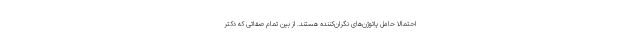
احتمالا حامل پاتوژن‌های نگران‌کننده هستند. از بین تمام صفاتی که دکتر